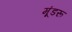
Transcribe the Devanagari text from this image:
मूंडरू